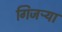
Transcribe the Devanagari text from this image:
गिजऱ्या